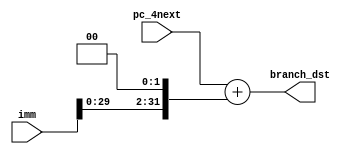
`timescale 1ns / 1ps

module Adder_branch(
	input [31:0] pc_4next,
	input [31:0] imm,
	output reg [31:0] branch_dst
    );
	
	always @ (pc_4next or imm)
	begin
		branch_dst = pc_4next + (imm << 2);
	end
endmodule